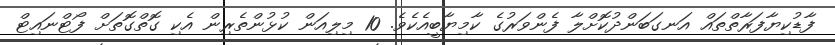
ފާޑުކިޔާފަރާތްތައް އަނގަބަންދުކޮށްލާ ފެންވަރުގެ ކާމިޔާބީއެކެވެ. 10 މިލިއަން ކުޅުންތެރިން އެކި ގޮތްގޮތަށް ފޯޓްނައިޓް